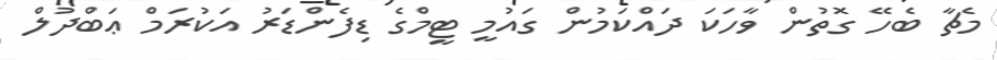
މެޗާ ބެހޭ ގޮތުން ވާހަކަ ދައްކަމުން ގައުމީ ޓީމްގެ ޑިފެންޑަރު އަކުރަމް ޢަބްދުލް